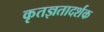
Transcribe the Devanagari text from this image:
कृतज्ञतादर्शक